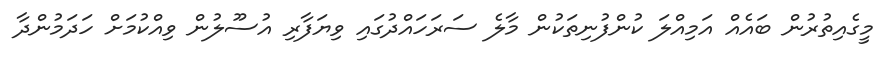
މީގެއިތުރުން ބައެއް އަމިއްލަ ކުންފުނިތަކުން މާލެ ސަރަހައްދުގައި ވިޔަފާރި އުސޫލުން ވިއްކުމަށް ހަދަމުންދާ